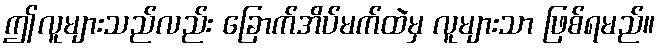
ဤလူများသည်လည်း ခြောက်အိပ်မက်ထဲမှ လူများသာ ဖြစ်ရမည်။